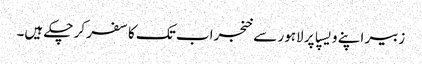
زبیر اپنے ویسپا پر لاہور سے خنجراب تک کا سفر کر چکے ہیں۔